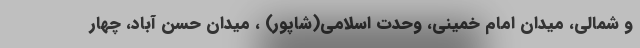
و شمالی، میدان امام خمینی، وحدت اسلامی(شاپور) ، میدان حسن آباد، چهار